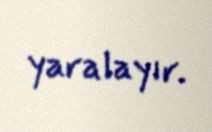
yaralayır.